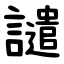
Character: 譴